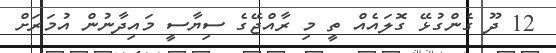
12 ދޫ ގެންގުޅޭ ގޮލައެއް ތީ މި ރާއްޖޭގެ ސިޔާސީ މައިދާނުން އުމަރަށް